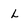
Character: L